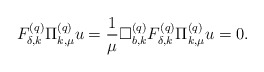
\begin{align*}F^{(q)}_{\delta,k}\Pi^{(q)}_{k,\mu}u=\frac{1}{\mu}\Box^{(q)}_{b,k}F^{(q)}_{\delta,k}\Pi^{(q)}_{k,\mu}u=0. \end{align*}